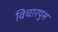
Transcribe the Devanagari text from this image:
विचारपुस